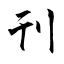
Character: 刊